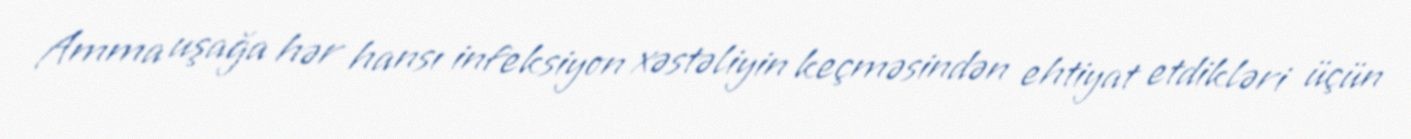
Amma uşağa hər hansı infeksiyon xəstəliyin keçməsindən ehtiyat etdikləri üçün